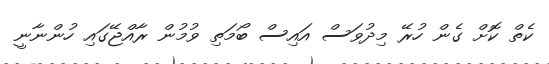
ކެތް ކޮށް ގެން ހުރޭ މިދުވަސް އައިސް ބޯމަތި ވުމުން ރާއްޖޭގައި ހުންނާނީ